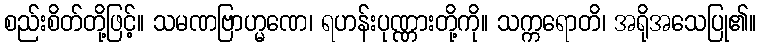
စည်းစိတ်တို့ဖြင့်။ သမဏဗြာဟ္မဏေ၊ ရဟန်းပုဏ္ဏားတို့ကို။ သက္ကရောတိ၊ အရိုအသေပြု၏။